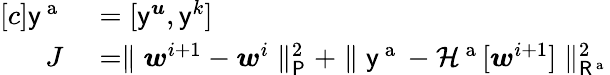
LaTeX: \begin{array}{rl}{[c]\mathsf{y}^{\mathrm{~a~}}}&{{}=[\mathsf{y}^{\boldsymbol{u}},\mathsf{y}^{k}]}\\ {J}&{{}=\parallel\boldsymbol{w}^{i+1}-\boldsymbol{w}^{i}\parallel_{\mathsf{P}}^{2}+\parallel\mathsf{y}^{\mathrm{~a~}}-\mathcal{H}^{\mathrm{~a~}}[\boldsymbol{w}^{i+1}]\parallel_{\mathsf{R}^{\mathrm{~a~}}}^{2}}\end{array}